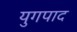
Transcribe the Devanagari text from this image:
युगपाद